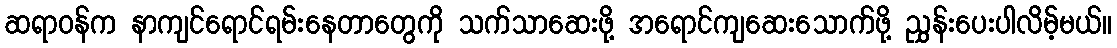
ဆရာဝန်က နာကျင်ရောင်ရမ်းနေတာတွေကို သက်သာဆေးဖို့ အရောင်ကျဆေးသောက်ဖို့ ညွှန်းပေးပါလိမ့်မယ်။